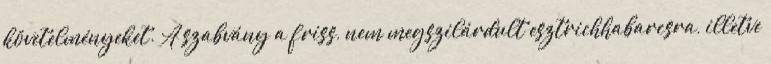
követelményeket. A szabvány a friss, nem megszilárdult esztrichhabarcsra, illetve